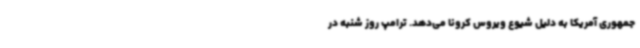
جمهوری آمریکا به دلیل شیوع ویروس کرونا می‌دهد. ترامپ روز شنبه در